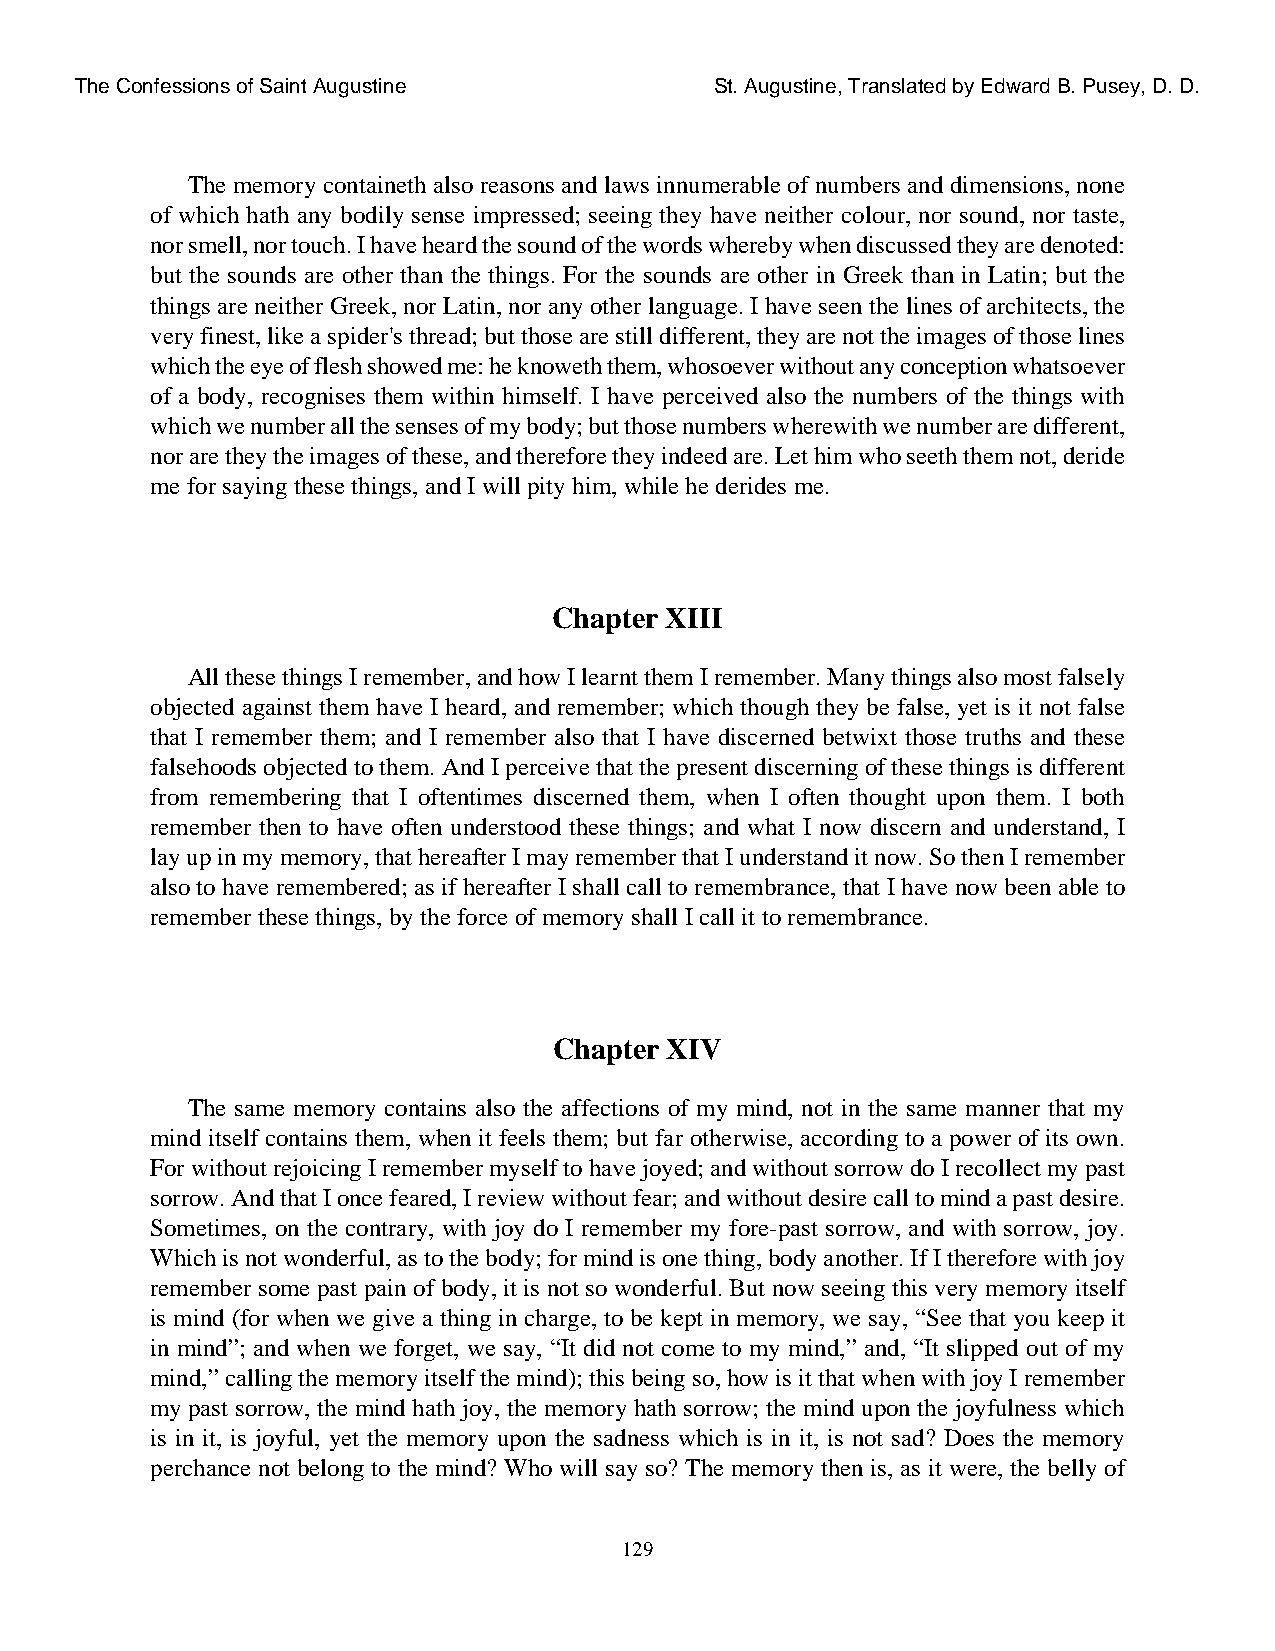
The Confessions of Saint Augustine        St. Augustine, Translated by Edward B. Pusey, D. D.
 The memory containeth also reasons and laws innumerable of numbers and dimensions, none
 of which hath any bodily sense impressed; seeing they have neither colour, nor sound, nor taste,
 nor smell, nor touch. I have heard the sound of the words whereby when discussed they are denoted:
 but the sounds are other than the things. For the sounds are other in Greek than in Latin; but the
 things are neither Greek, nor Latin, nor any other language. I have seen the lines of architects, the
 very finest, like a spider's thread; but those are still different, they are not the images of those lines
 which the eye of flesh showed me: he knoweth them, whosoever without any conception whatsoever
 of a body, recognises them within himself. I have perceived also the numbers of the things with
 which we number all the senses of my body; but those numbers wherewith we number are different,
 nor are they the images of these, and therefore they indeed are. Let him who seeth them not, deride
 me for saying these things, and I will pity him, while he derides me.
 Chapter XIII
 All these things I remember, and how I learnt them I remember. Many things also most falsely
 objected against them have I heard, and remember; which though they be false, yet is it not false
 that I remember them; and I remember also that I have discerned betwixt those truths and these
 falsehoods objected to them. And I perceive that the present discerning of these things is different
 from remembering that I oftentimes discerned them, when I often thought upon them. I both
 remember then to have often understood these things; and what I now discern and understand, I
 lay up in my memory, that hereafter I may remember that I understand it now. So then I remember
 also to have remembered; as if hereafter I shall call to remembrance, that I have now been able to
 remember these things, by the force of memory shall I call it to remembrance.
 Chapter XIV
 The same memory contains also the affections of my mind, not in the same manner that my
 mind itself contains them, when it feels them; but far otherwise, according to a power of its own.
 For without rejoicing I remember myself to have joyed; and without sorrow do I recollect my past
 sorrow. And that I once feared, I review without fear; and without desire call to mind a past desire.
 Sometimes, on the contrary, with joy do I remember my fore-past sorrow, and with sorrow, joy.
 Which is not wonderful, as to the body; for mind is one thing, body another. If I therefore with joy
 remember some past pain of body, it is not so wonderful. But now seeing this very memory itself
 is mind (for when we give a thing in charge, to be kept in memory, we say, “See that you keep it
 in mind”; and when we forget, we say, “It did not come to my mind,” and, “It slipped out of my
 mind,” calling the memory itself the mind); this being so, how is it that when with joy I remember
 my past sorrow, the mind hath joy, the memory hath sorrow; the mind upon the joyfulness which
 is in it, is joyful, yet the memory upon the sadness which is in it, is not sad? Does the memory
 perchance not belong to the mind? Who will say so? The memory then is, as it were, the belly of
 129